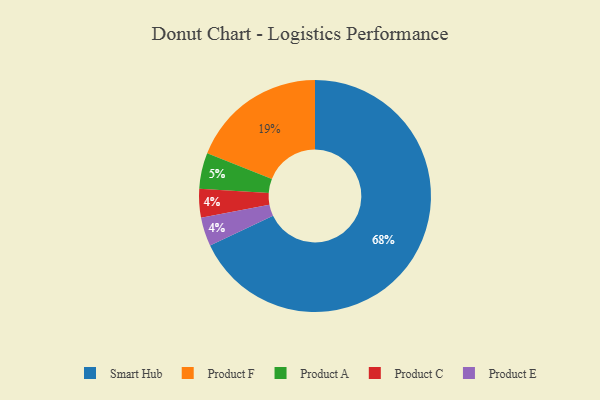
{"axis": {"x": "Category", "y": "Percentage"}, "legend": ["Product A", "Product C", "Product E", "Product F", "Smart Hub"], "data": [{"x": "Product A", "y": 5, "type": "Product A"}, {"x": "Product C", "y": 4, "type": "Product C"}, {"x": "Product E", "y": 4, "type": "Product E"}, {"x": "Product F", "y": 19, "type": "Product F"}, {"x": "Smart Hub", "y": 68, "type": "Smart Hub"}]}